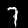
Digit: 7